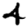
Digit: 4